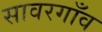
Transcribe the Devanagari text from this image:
सावरगाँव